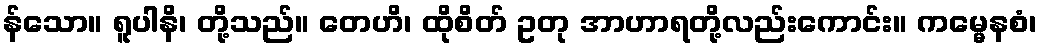
န်သော။ ရူပါနိ၊ တို့သည်။ တေဟိ၊ ထိုစိတ် ဥတု အာဟာရတို့လည်းကောင်း။ ကမ္မေနစံ၊